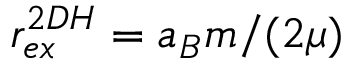
r _ { e x } ^ { 2 D H } = a _ { B } m / ( 2 \mu )